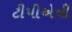
ટીપીએની